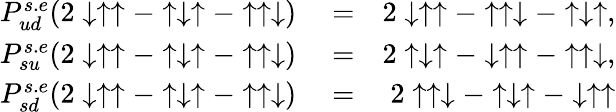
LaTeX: \begin{array}{rlr}{P_{ud}^{s.e}(2\downarrow\uparrow\uparrow-\uparrow\downarrow\uparrow-\uparrow\uparrow\downarrow)}&{{}=}&{2\downarrow\uparrow\uparrow-\uparrow\uparrow\downarrow-\uparrow\downarrow\uparrow,}\\ {P_{su}^{s.e}(2\downarrow\uparrow\uparrow-\uparrow\downarrow\uparrow-\uparrow\uparrow\downarrow)}&{{}=}&{2\uparrow\downarrow\uparrow-\downarrow\uparrow\uparrow-\uparrow\uparrow\downarrow,}\\ {P_{sd}^{s.e}(2\downarrow\uparrow\uparrow-\uparrow\downarrow\uparrow-\uparrow\uparrow\downarrow)}&{{}=}&{2\uparrow\uparrow\downarrow-\uparrow\downarrow\uparrow-\downarrow\uparrow\uparrow}\end{array}